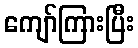
ကျော်ကြားပြီး